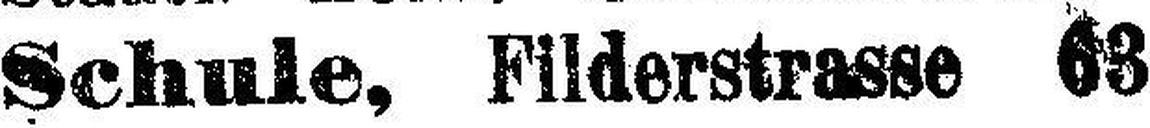
Schule, Filderstrasse 63